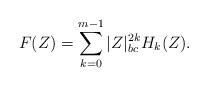
LaTeX: \begin{align*}F(Z) = \sum_{k=0}^{m-1} |Z|_{bc}^{2k} H_k(Z) .\end{align*}